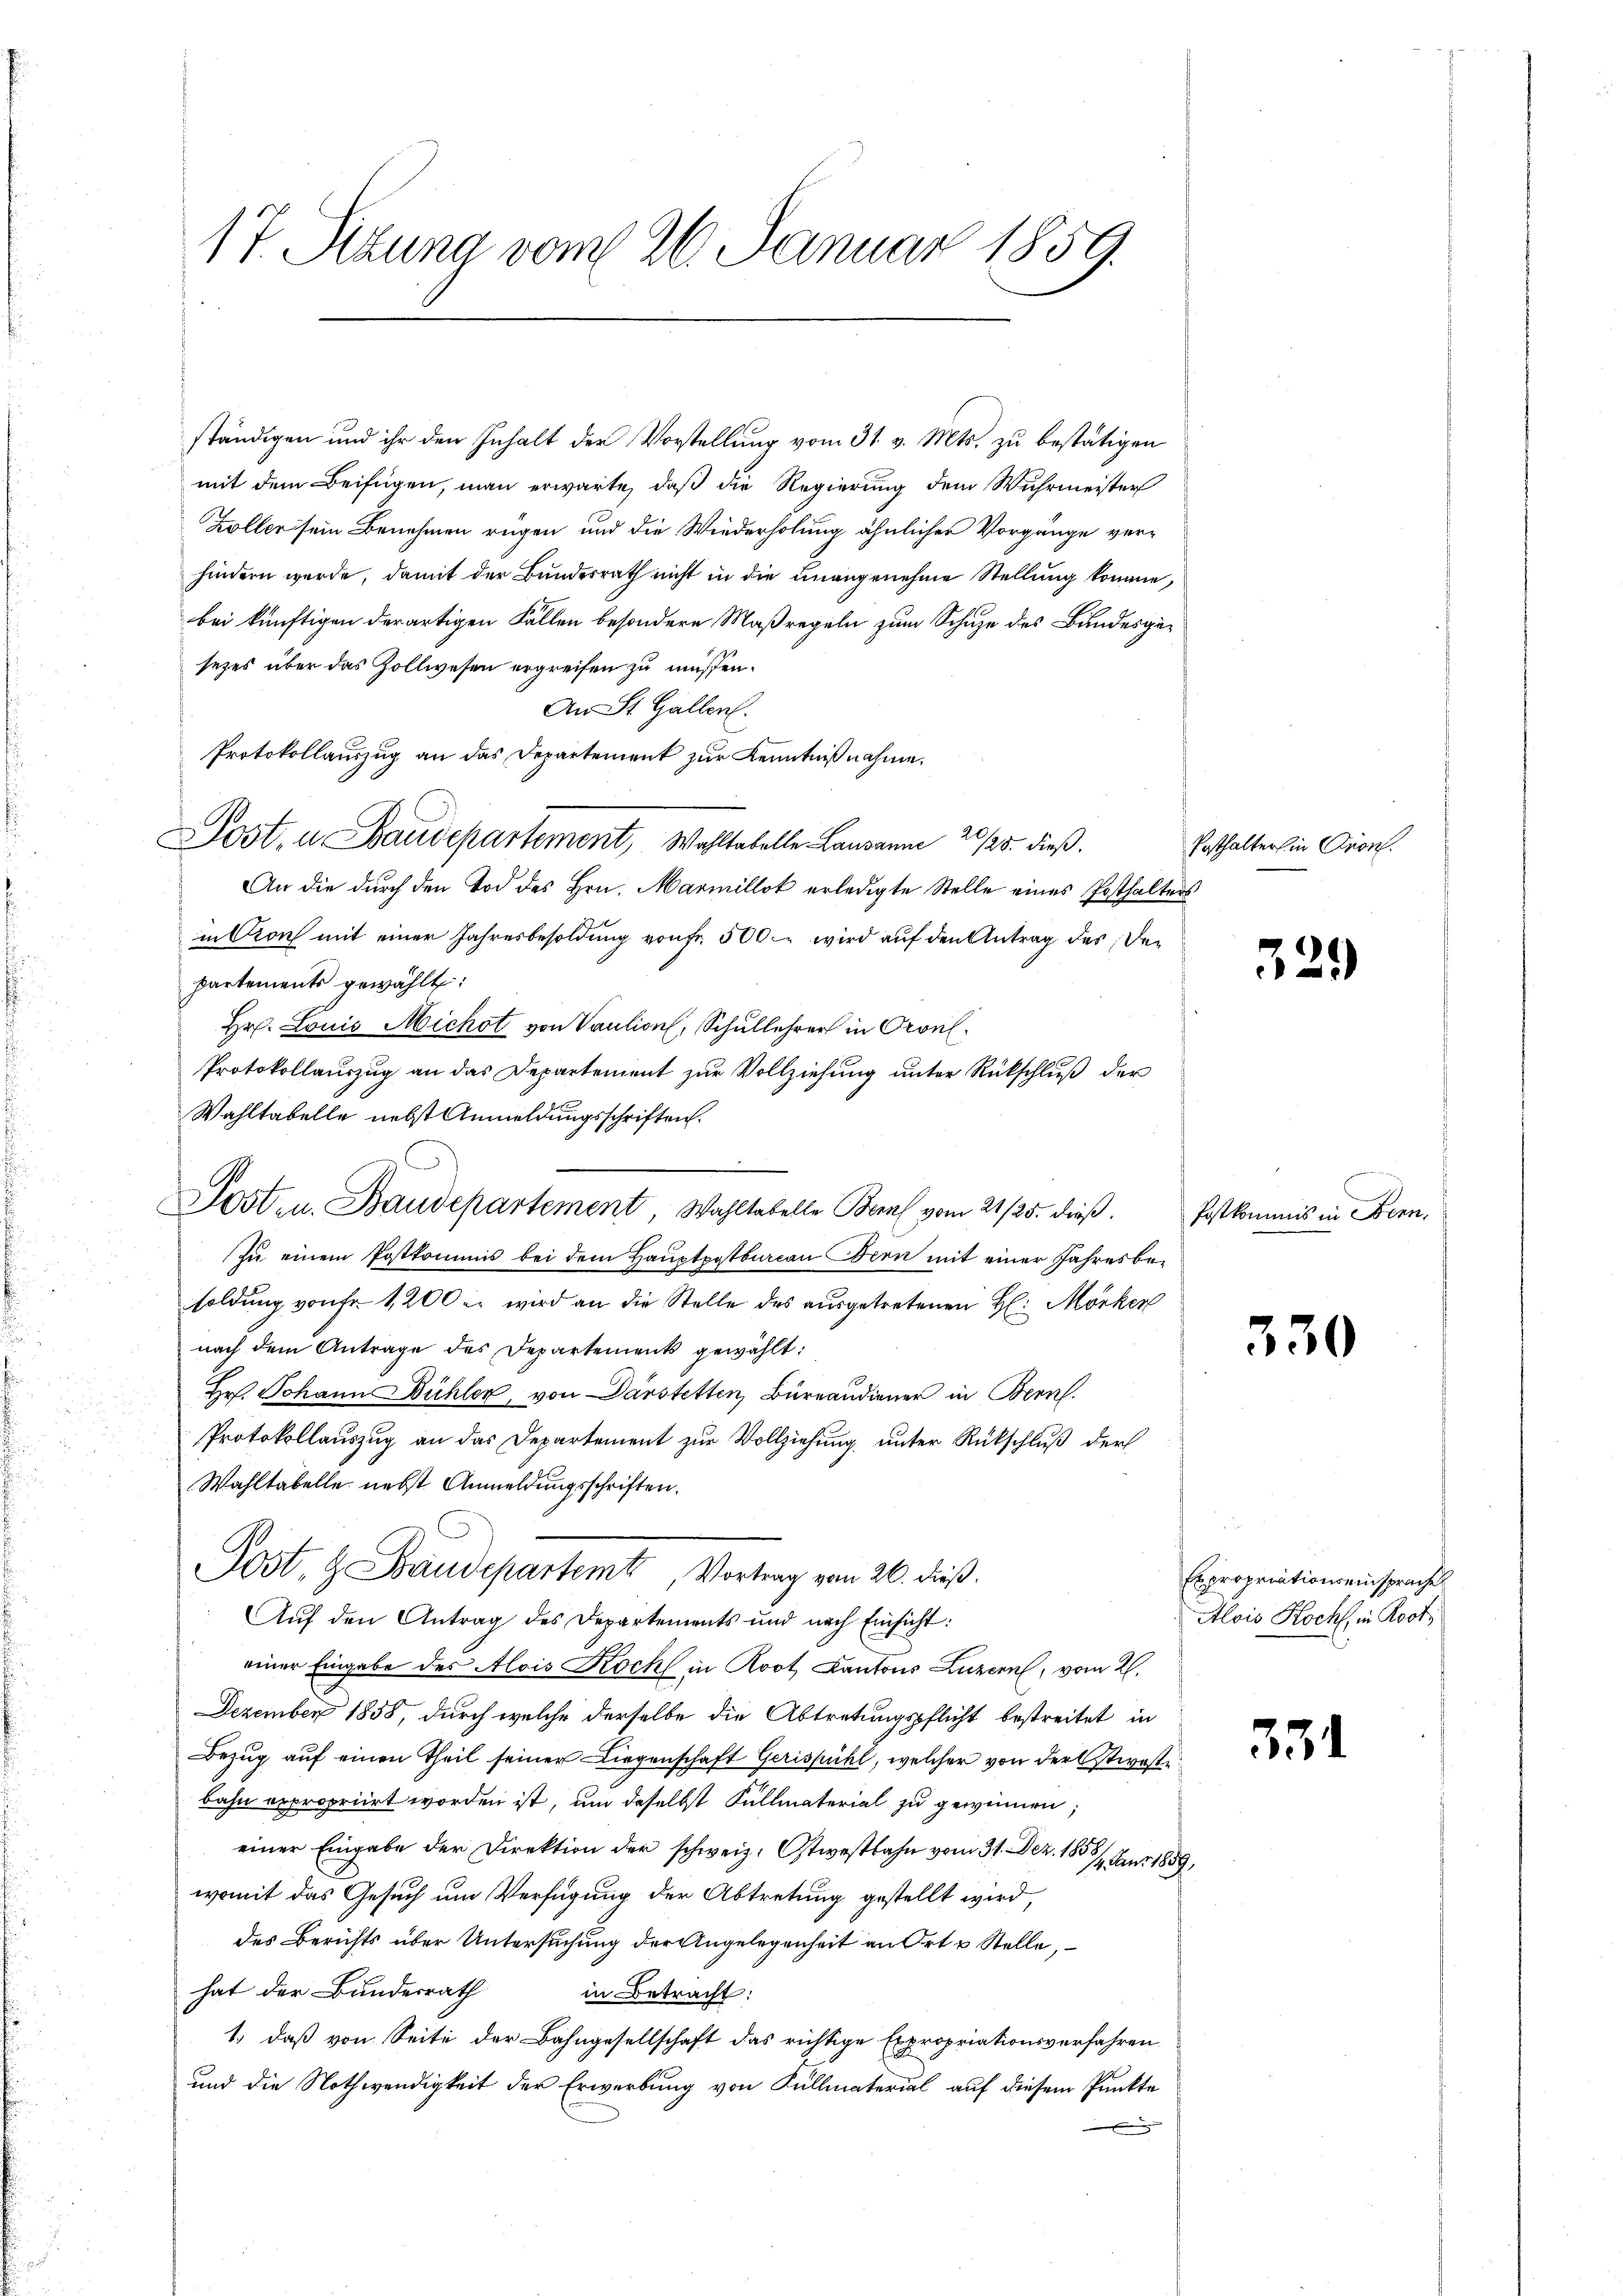
17. Sitzung vom 26. Januar 1859.

ständigen und ihr den Inhalt der Vorstellung vom 31. v. Mts. zu bestätigen
mit dem Beifügen, man erwarte, daß die Regierung dem Wuhrmeister
Zöller sein Benehmen regen und die Wiederholung ähnlicher Vorgänge verhindern werde, damit der Bundesrath nicht in die unangenehme Stellung komme,
bei künftigen derartigen Fällen besondere Maßregeln zum Schuze des Bundesgesezes über das Zollwesen ergreifen zu müssen.
An St. Gallen.
Protokollauszug an das Departement zur Kenntnißnahme.
Jost, u. Baudepartement, Wohltatelle Lausanne 20/25. dieß.
An die durch den Tod des Hrn. Marmillot erledigte Stelle eines Posthalters
in Crons mit einer Jahresbesoldung von fr. 500. wird auf den Antrag des Departements gewählt:
Hr. Louis Michot von Vaution, Schullehrer in Oronl
Protokollauszug an das Departement zur Vollziehung unter Rückschluß der
Wahltabelle nebst Anmeldungsschriften.
.
Post- u. Baudepartement Wahltabelle Bern vom 21/25. dieβ. Postkommis in Bern,
zu einem Postkommnis bei dem Hauptpotbureau Bern mit einer Jahresbesoldung von Fr. 1200 u. wird an die Stelle des aŭsgetretenen H: Mörker
nach dem Antrage des Departements gewählt:
Hr. Johann Bühler, von Darstetten, Bureaudiener in Bern.
Protokollauszug an das Departement zur Vollziehung unter Rückschluß der
Wahltabelle nebst Anmeldungsschriften.
Jost, & Baudepartemt, Vortrag vom 26. dieß.
Auf den Antrag des Departements und nach Einsicht:
einer Eingabe des Alois Koch in Koot, Kantons Luzern, vom 2.
Dezember 1858, durch welche derselbe die Abtretungspflicht bestreitet in
Bezug auf einen Theil seiner Liegenschaft Gerispühl, welcher von der Strostbahn erpropriirt worden ist, um daselbst Kellmaterial zu gewinnen;
einer Eingabe der Direktion der schweiz. Ostwestbahn vom 31. Dez. 1858/4. Juni 1859,
womit das Gesuch um Verfügung der Abtretung gestellt wird,
des Berichts über Untersuchung der Angelegenheit an Ort u Stelle,
hat der Bundesrath
in Betracht:
1.) daß von Seite der Bahngesellschaft das richtige Expropriationsverfahren
und die Nothwendigkeit der Erwerbung von Füllmaterial auf diesem Punkte
u

Posthalter in Cron.

329

330

Expropriationseinsprache
Alois Koch, in Rost,

331